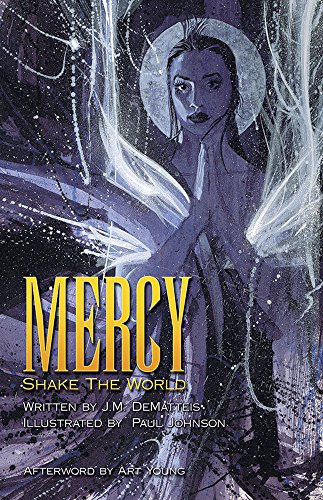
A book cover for Mercy: Shake the World (Dover Graphic Novels); J. M. Dematteis; Comics & Graphic Novels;